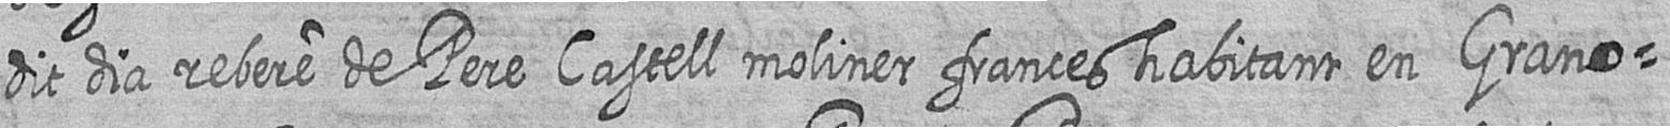
dit dia rebere de Pere Castell moliner frances habitant en Grano=